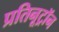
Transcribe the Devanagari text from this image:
प्रतिनूट्रॉन